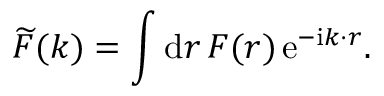
\widetilde { F } ( \boldsymbol { k } ) = \int \mathrm { d } \boldsymbol { r } \, F ( \boldsymbol { r } ) \, \mathrm { e } ^ { - \mathrm { i } \boldsymbol { k \cdot r } } .